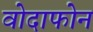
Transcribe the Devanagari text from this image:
वोदाफोन